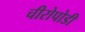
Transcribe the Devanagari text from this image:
चीरोपोडी